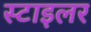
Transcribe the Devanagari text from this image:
स्टाइलर